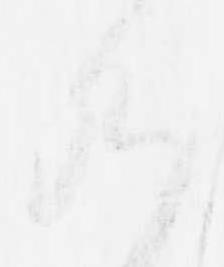
九